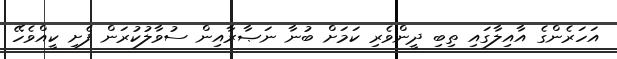
އަހަރެންގެ އާއިލާގައި ތިބި ދީންވެރި ކަމަށް ބުނާ ނަޞާރާއިން ސުވާލުކުރަން ފެށި ކީއްވެހޭ